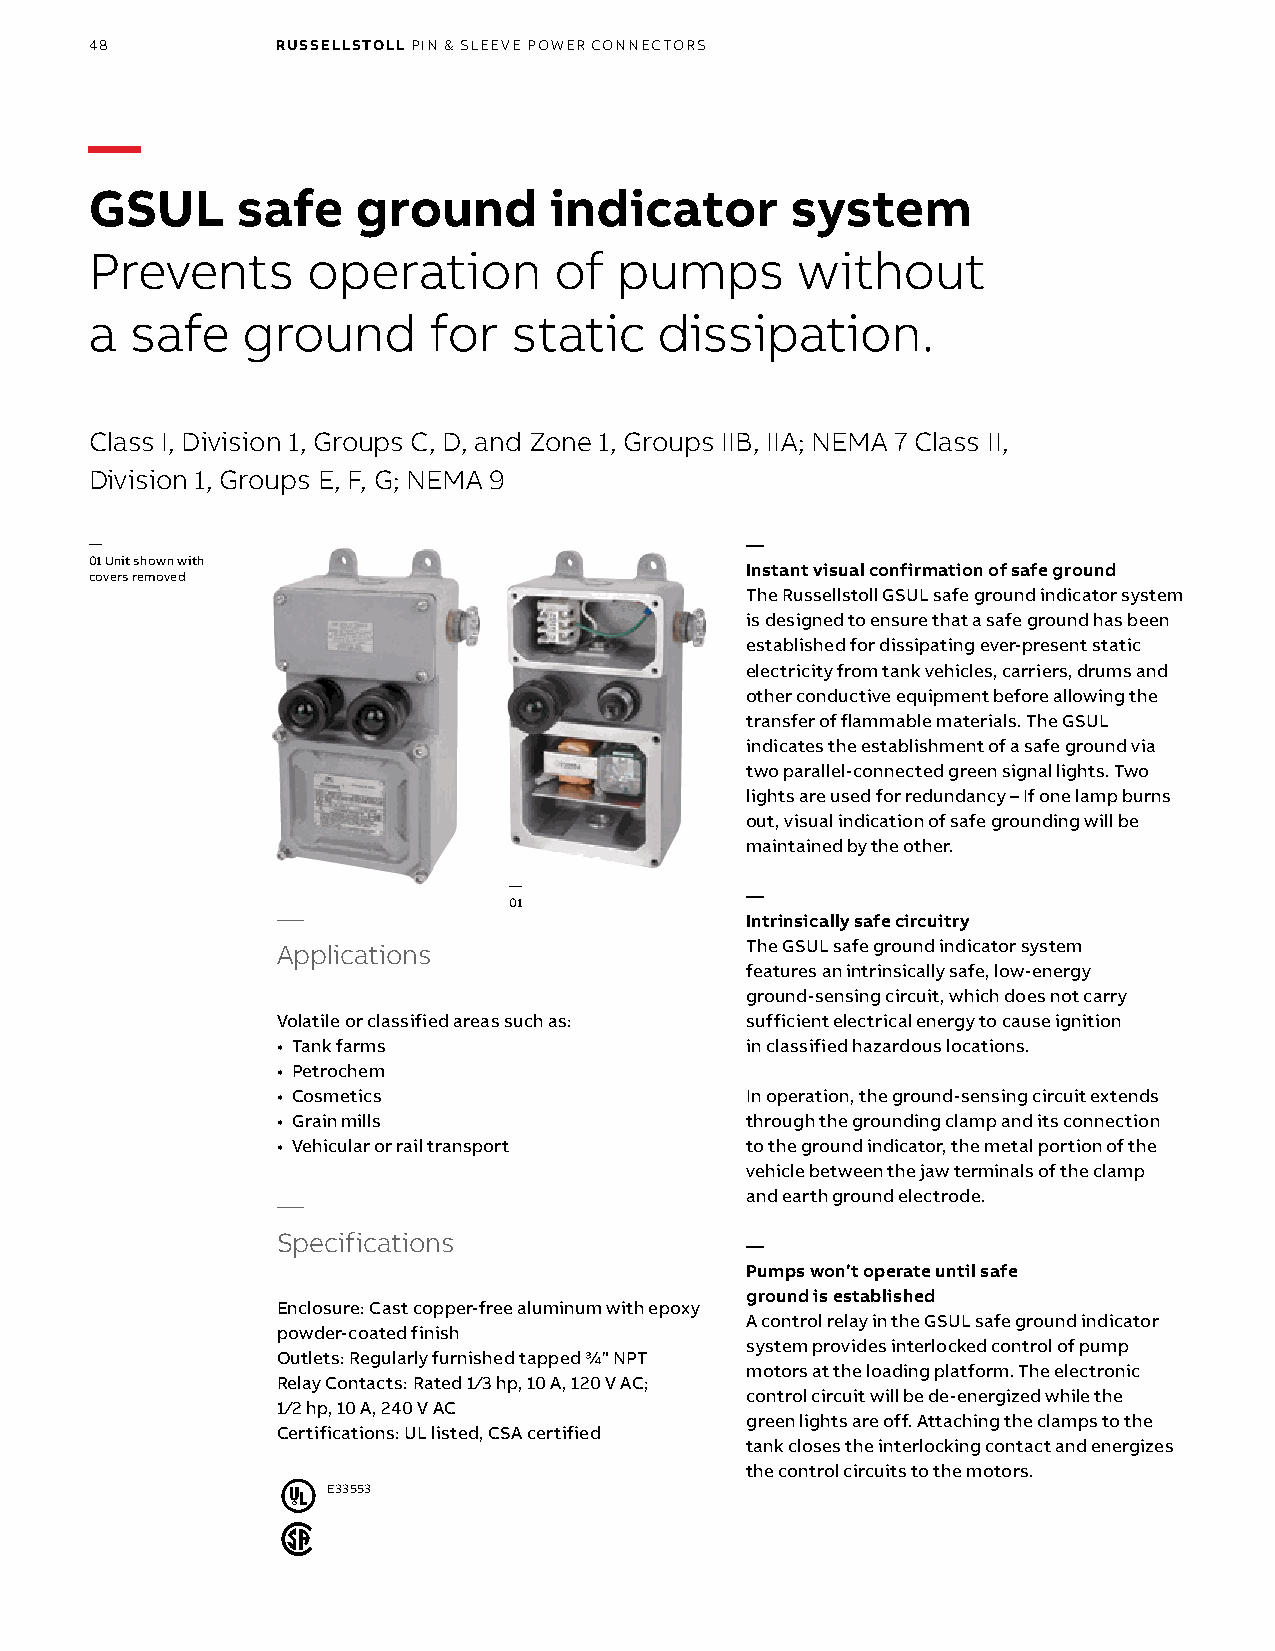
48          RUSSELLSTOLL PIN & SLEEVE POWER CONNECTORS
 —
 GSUL      safe    ground      indicator       system
 Prevents      operation        of  pumps       without
 a  safe   ground      for   static    dissipation.
 Class I, Division 1, Groups C, D, and Zone 1, Groups IIB, IIA; NEMA 7 Class II,
 Division 1, Groups E, F, G; NEMA 9
 —                                          —
 01 Unit shown with
 Instant visual confirmation of safe ground
 covers removed
 The Russellstoll GSUL safe ground indicator system
 is designed to ensure that a safe ground has been
 established for dissipating ever-present static
 electricity from tank vehicles, carriers, drums and
 other conductive equipment before allowing the
 transfer of flammable materials. The GSUL
 indicates the establishment of a safe ground via
 two parallel-connected green signal lights. Two
 lights are used for redundancy – If one lamp burns
 out, visual indication of safe grounding will be
 maintained by the other.
 —
 —
 01
 —
 Intrinsically safe circuitry
 Applications                   The GSUL safe ground indicator system
 features an intrinsically safe, low-energy
 ground-sensing circuit, which does not carry
 Volatile or classified areas such as: sufficient electrical energy to cause ignition
 • Tank farms                   in classified hazardous locations.
 • Petrochem
 • Cosmetics                    In operation, the ground-sensing circuit extends
 • Grain mills                  through the grounding clamp and its connection
 • Vehicular or rail transport  to the ground indicator, the metal portion of the
 vehicle between the jaw terminals of the clamp
 —                              and earth ground electrode.
 Specifications
 —
 Pumps won’t operate until safe
 ground is established
 Enclosure: Cast copper-free aluminum with epoxy
 A control relay in the GSUL safe ground indicator
 powder-coated finish
 system provides interlocked control of pump
 Outlets: Regularly furnished tapped 3/4" NPT
 motors at the loading platform. The electronic
 Relay Contacts: Rated 1/3 hp, 10 A, 120 V AC;
 control circuit will be de-energized while the
 1/2 hp, 10 A, 240 V AC
 green lights are off. Attaching the clamps to the
 Certifications: UL listed, CSA certified
 tank closes the interlocking contact and energizes
 the control circuits to the motors.
 E33553